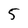
Character: 5